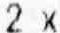
2 X